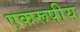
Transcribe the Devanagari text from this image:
एकरूपीय